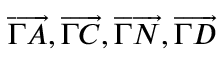
\overrightarrow { \Gamma A } , \overrightarrow { \Gamma C } , \overrightarrow { \Gamma N } , \overrightarrow { \Gamma D }